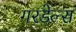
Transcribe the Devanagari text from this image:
गरडेल्स